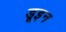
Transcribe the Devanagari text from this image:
डूइन